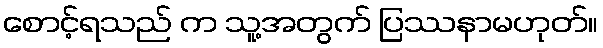
စောင့်ရသည် က သူ့အတွက် ပြဿနာမဟုတ်။